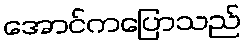
အောင်ကပြောသည်